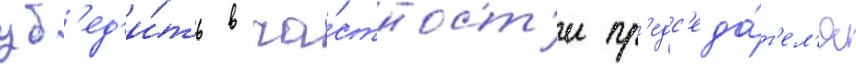
уб'ед'и́ть в ча́стност'и пр'едс'еда́т'ел'я